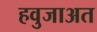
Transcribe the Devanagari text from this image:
हवुजाअत